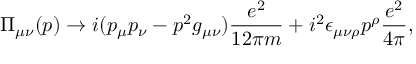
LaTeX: \Pi _ { \mu \nu } ( p ) \rightarrow i ( p _ { \mu } p _ { \nu } - p ^ { 2 } g _ { \mu \nu } ) \frac { e ^ { 2 } } { 1 2 \pi m } + i ^ { 2 } \epsilon _ { \mu \nu \rho } p ^ { \rho } \frac { e ^ { 2 } } { 4 \pi } ,